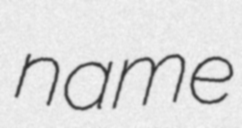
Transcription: name